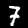
Label: 7